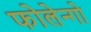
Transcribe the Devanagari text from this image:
फोलेन्गो